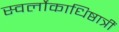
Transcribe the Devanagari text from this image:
स्वर्लोकाधिष्ठात्रीं